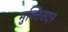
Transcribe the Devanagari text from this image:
मुक्तिसदन